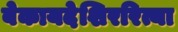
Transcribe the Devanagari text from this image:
बेकायदेशिररित्या